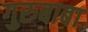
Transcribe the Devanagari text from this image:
गुरुबाबा